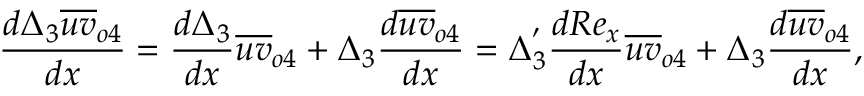
\frac { d \Delta _ { 3 } \overline { { u v } } _ { o 4 } } { d x } = \frac { d \Delta _ { 3 } } { d x } \overline { { u v } } _ { o 4 } + \Delta _ { 3 } \frac { d \overline { { u v } } _ { o 4 } } { d x } = \Delta _ { 3 } ^ { ' } \frac { d R e _ { x } } { d x } \overline { { u v } } _ { o 4 } + \Delta _ { 3 } \frac { d \overline { { u v } } _ { o 4 } } { d x } ,